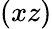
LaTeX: (xz)